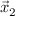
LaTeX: { \vec { x } } _ { 2 }